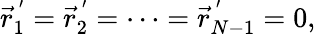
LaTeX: \vec{r}_{1}^{\, ^{\prime}}=\vec{r}_{2}^{\, ^{\prime}}=\cdots=\vec{r}_{N-1}^{\, ^{\prime}}=0,